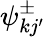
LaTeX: \psi_{kj^{\prime}}^{\pm}